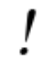
!